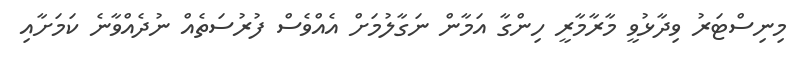
މިނިސްޓަރު ވިދާޅުވީ މާރާމާރީ ހިންގާ އަމާން ނަގާލުމަށް އެއްވެސް ފުރުސަތެއް ނުދެއްވާނެ ކަމަށާއި